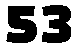
53